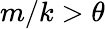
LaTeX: m/k>\theta